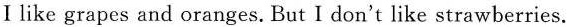
Ⅰlike grapes and oranges. But I don't like strawberries.